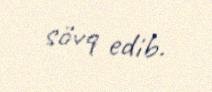
sövq edib.